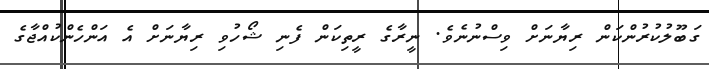
ގަބޫލުކުރުންކަން ރިޔާނަށް ވިސްނުނެވެ. ނީރާގެ ރީތިކަން ފެނި ޝޯހުވި ރިޔާނަށް އެ އަންހެންކުއްޖާގެ